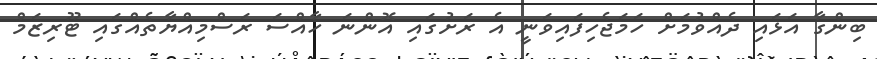
ބިންގާ އަޅައި ދެއްވުމަށް ހަމަޖެހިފައިވަނީ އެ ރަށުގައި އޮންނަ ހާއްސަ ރަސްމިއްޔާތެއްގައި ޓޫރިޒަމް